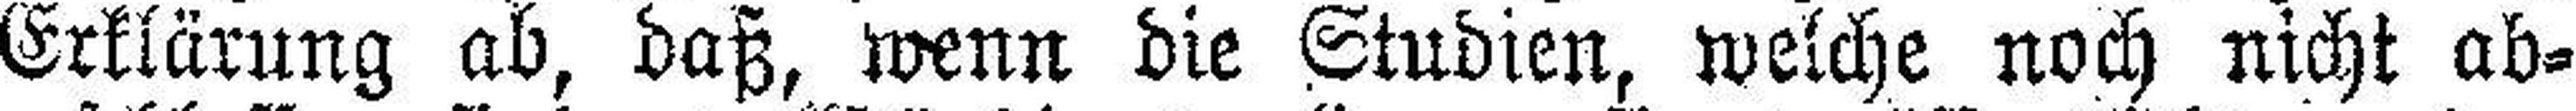
Erklärung ab, daß, wenn die Studien, welche noch nicht ab¬